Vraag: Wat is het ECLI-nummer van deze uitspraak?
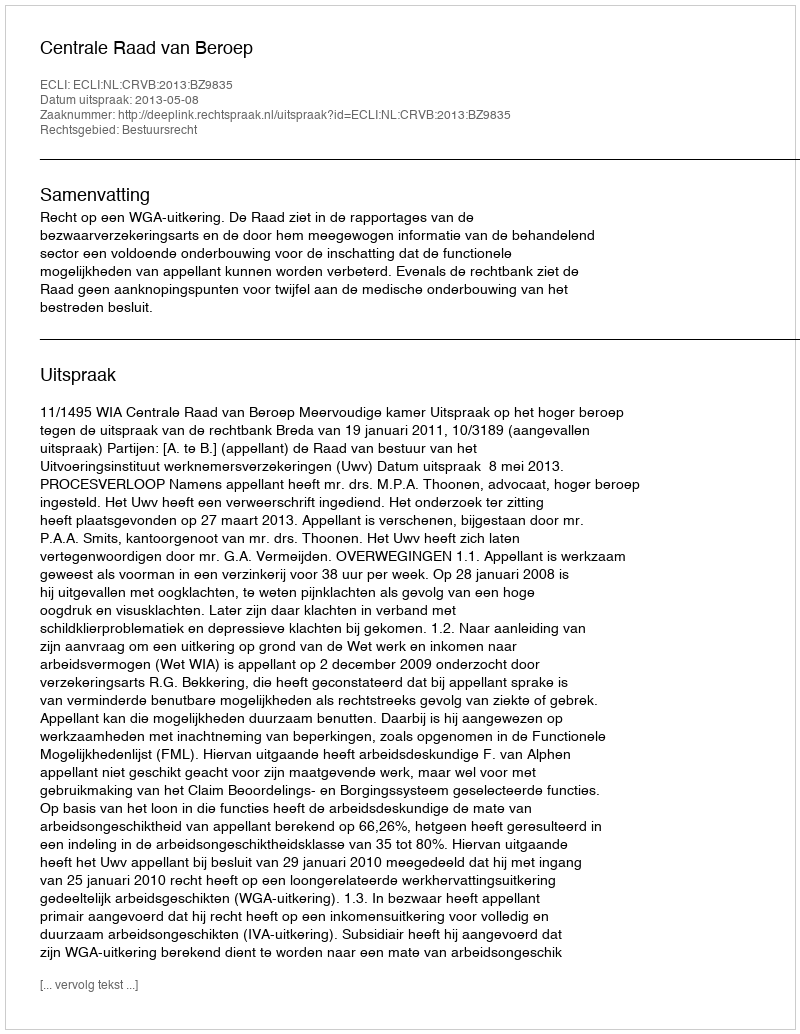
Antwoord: ECLI:NL:CRVB:2013:BZ9835